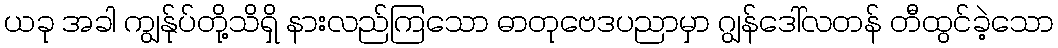
ယခု အခါ ကျွန်ုပ်တို့သိရှိ နားလည်ကြသော ဓာတုဗေဒပညာမှာ ဂျွန်ဒေါ်လတန် တီထွင်ခဲ့သော